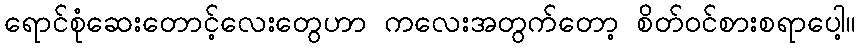
ရောင်စုံဆေးတောင့်လေးတွေဟာ ကလေးအတွက်တော့ စိတ်ဝင်စားစရာပေါ့။